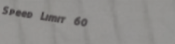
Speed Limit 60